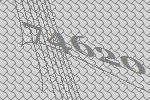
74620